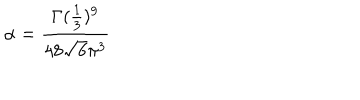
LaTeX: \alpha = \frac { \Gamma ( \frac { 1 } { 3 } ) ^ { 9 } } { 4 8 \sqrt { 6 } \pi ^ { 3 } }